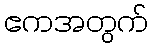
ဧကအတွက်